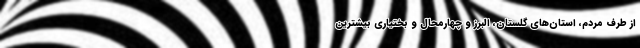
از طرف مردم، استان‌های گلستان، البرز و چهارمحال و بختیاری بیشترین